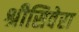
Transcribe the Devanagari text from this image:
श्रीसिवेरा